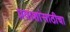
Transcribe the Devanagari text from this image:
प्रवाशांसाठीचा